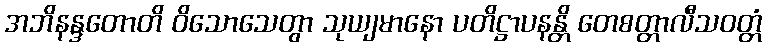
အဘိနန္ဒတောတိ ဝိသောသေတွာ သုယျမာနော ပတိဋ္ဌာပနန္တိ တေစတ္တာလီသဝတ္တံ